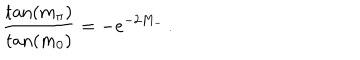
LaTeX: \frac { \tan ( m _ { \pi } ) } { \tan ( m _ { 0 } ) } = - e ^ { - 2 M _ { - } } \, .